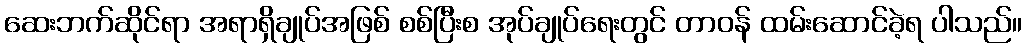
ဆေးဘက်ဆိုင်ရာ အရာရှိချုပ်အဖြစ် စစ်ပြီးစ အုပ်ချုပ်ရေးတွင် တာဝန် ထမ်းဆောင်ခဲ့ရ ပါသည်။